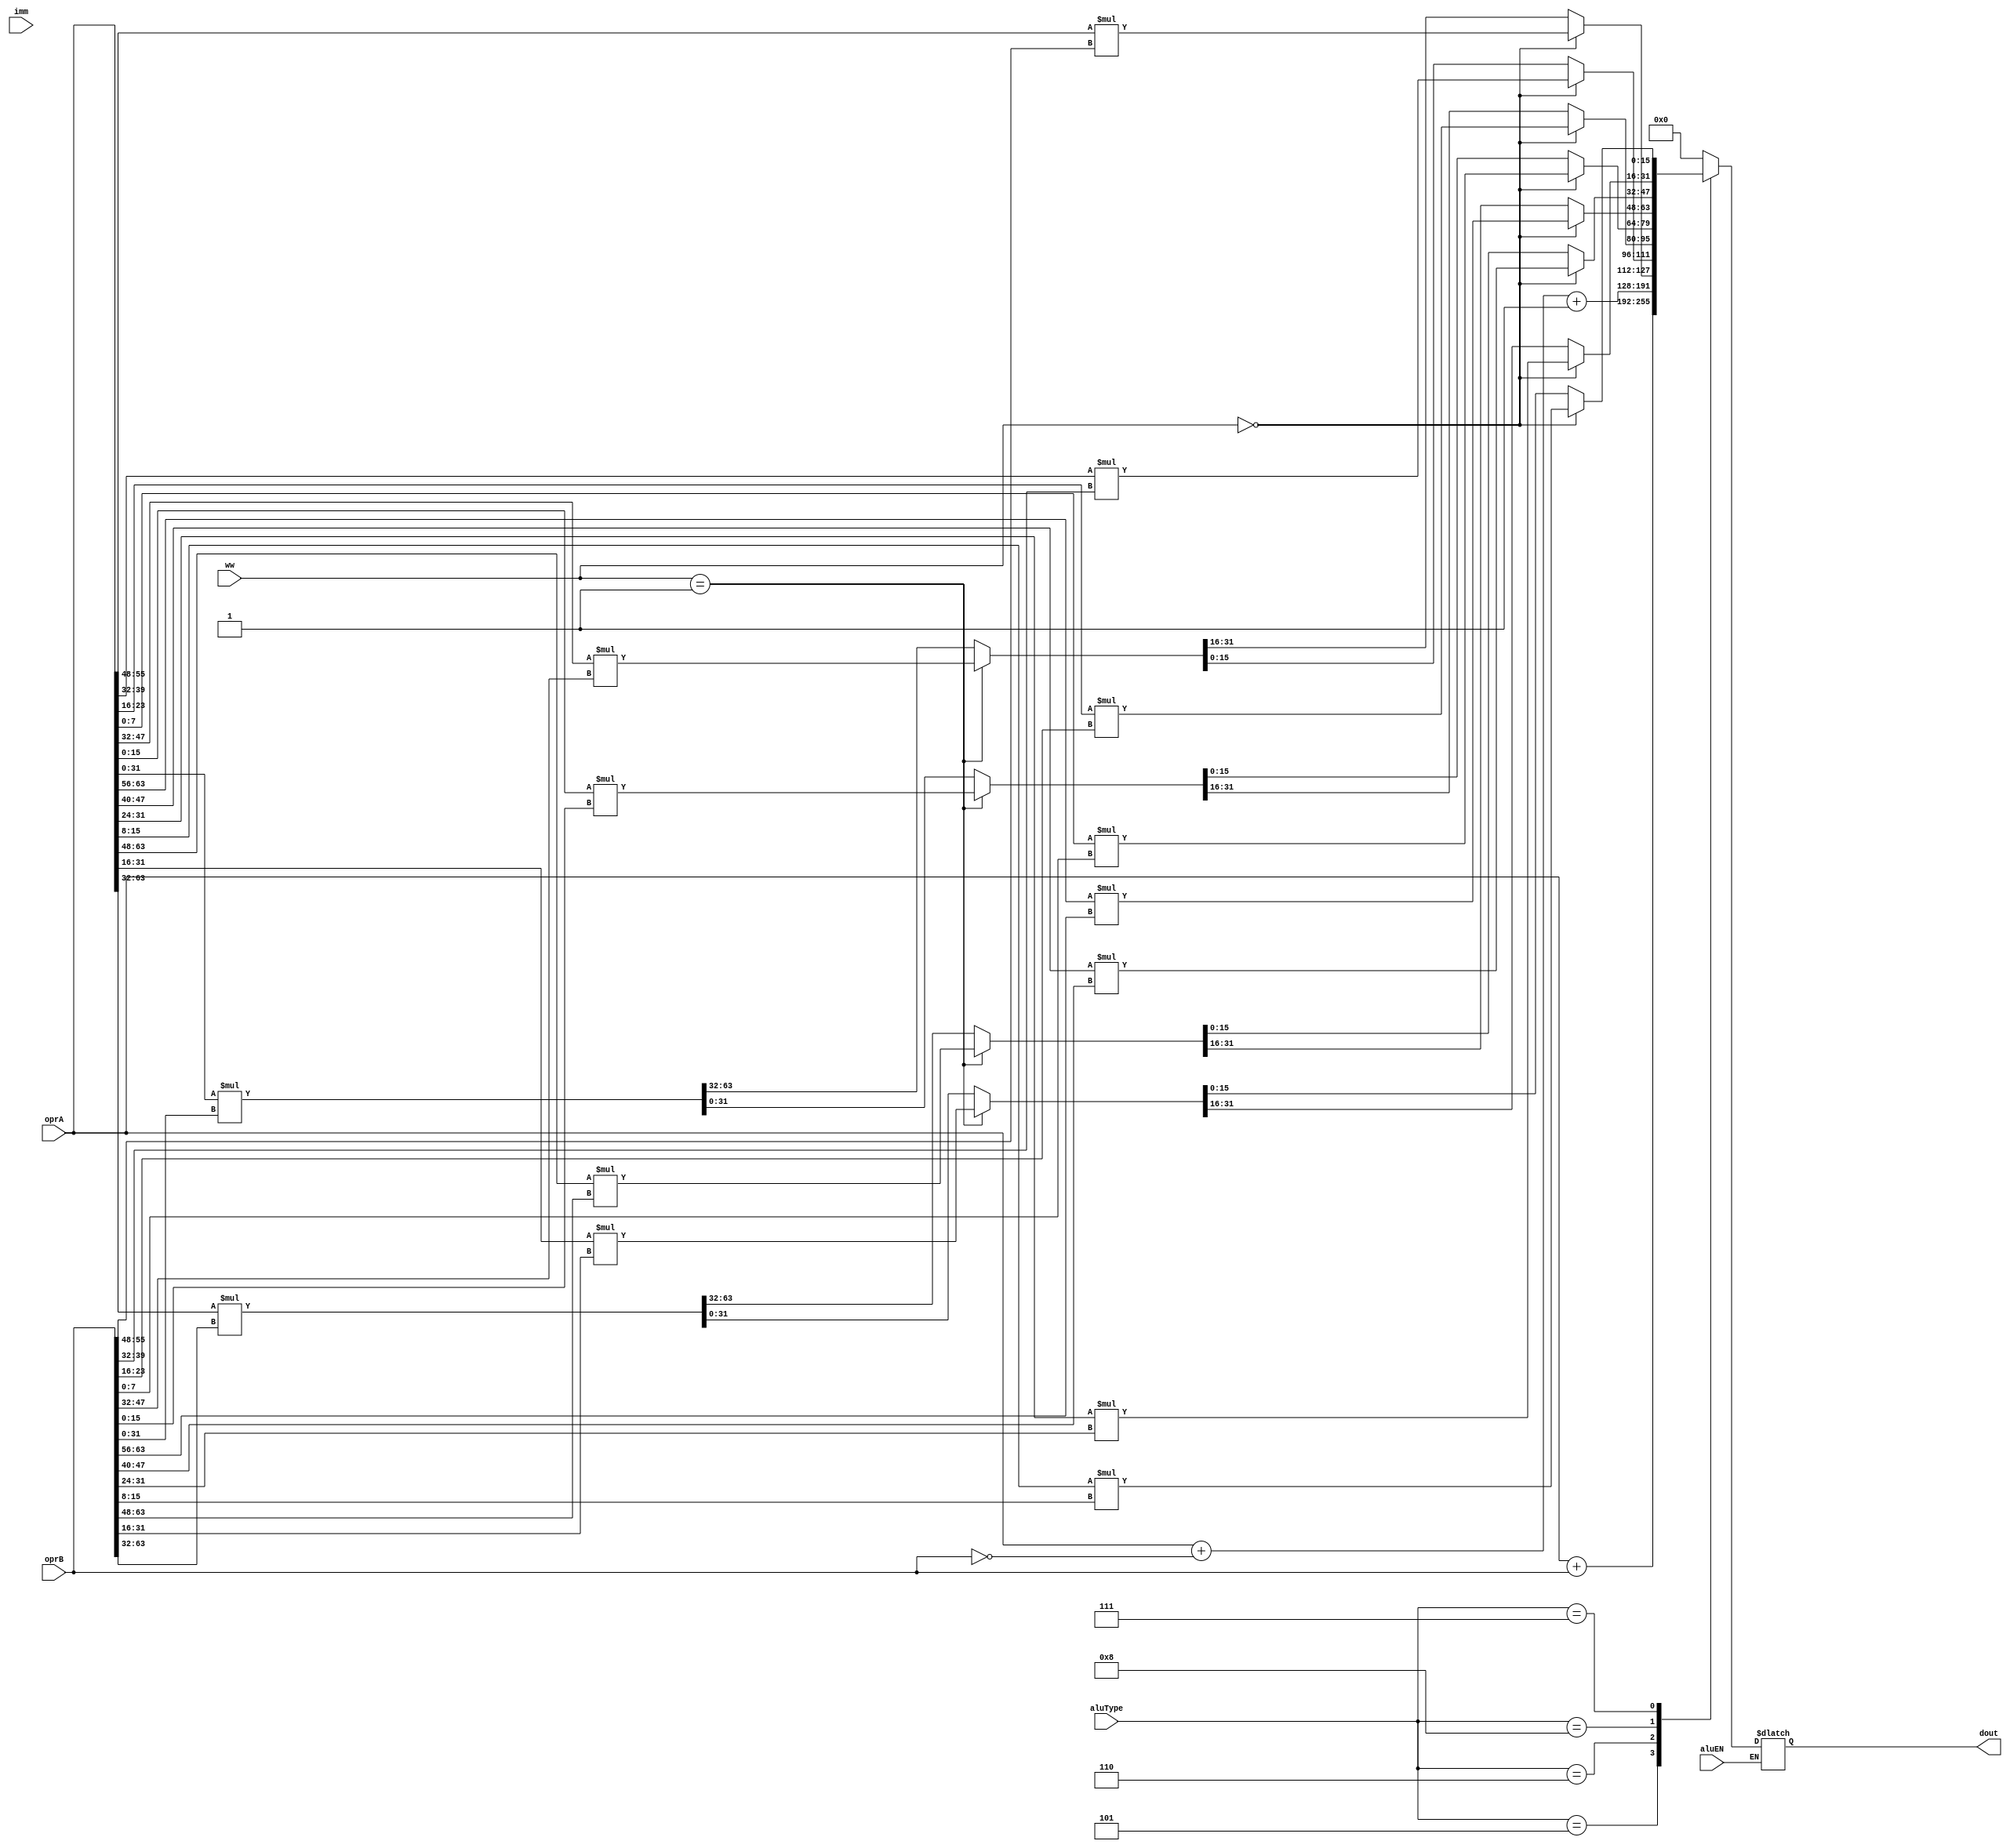
module alu_multicycle(aluEN,aluType,oprA,oprB,ww,imm,dout);
input aluEN;
input[0:5] aluType;
input[0:4] imm;
input[0:63] oprA,oprB;
//input[0:2] ppp;
input[0:1] ww;
output[0:63] dout;
reg[0:63] dout;
integer i;

always @(aluEN or aluType or oprA or oprB or ww or imm) begin
	if(aluEN) begin
		case(aluType)
			6'b000101: begin // add
				dout = oprA + oprB;
			end
			6'b000110: begin // sub
				dout = oprA + ~oprB + 1;
			end
			6'b001000: begin // mul even
				if(ww == 2'b00) begin 
					for (i=0; i<63; i= i+16)
						{dout[i],dout[i+1],dout[i+2],dout[i+3],dout[i+4],dout[i+5],dout[i+6],dout[i+7],dout[i+8],
						dout[i+9],dout[i+10],dout[i+11],dout[i+12],dout[i+13],dout[i+14],dout[i+15]} 
						= {oprA[i+8],oprA[i+9],oprA[i+10],oprA[i+11],oprA[i+12],oprA[i+13],oprA[i+14],oprA[i+15]} * 
						{oprB[i+8],oprB[i+9],oprB[i+10],oprB[i+11],oprB[i+12],oprB[i+13],oprB[i+14],oprB[i+15]};
				end
				else if(ww == 2'b01) begin 
					for (i=0; i<63; i= i+32)
						{dout[i],dout[i+1],dout[i+2],dout[i+3],dout[i+4],dout[i+5],dout[i+6],dout[i+7],dout[i+8],
						dout[i+9],dout[i+10],dout[i+11],dout[i+12],dout[i+13],dout[i+14],dout[i+15],dout[i+16],
						dout[i+17],dout[i+18],dout[i+19],dout[i+20],dout[i+21],dout[i+22],dout[i+23],dout[i+24],
						dout[i+25],dout[i+26],dout[i+27],dout[i+28],dout[i+29],dout[i+30],dout[i+31]}
						= {oprA[i+16],oprA[i+17],oprA[i+18],oprA[i+19],oprA[i+20],oprA[i+21],oprA[i+22],oprA[i+23],oprA[i+24],
						oprA[i+25],oprA[i+26],oprA[i+27],oprA[i+28],oprA[i+29],oprA[i+30],oprA[i+31]}
						*{oprB[i+16],oprB[i+17],oprB[i+18],oprB[i+19],oprB[i+20],oprB[i+21],oprB[i+22],oprB[i+23],oprB[i+24],
						oprB[i+25],oprB[i+26],oprB[i+27],oprB[i+28],oprB[i+29],oprB[i+30],oprB[i+31]};
				end
				else begin 
						dout = oprA[32:63] * oprB[32:63];
				end
			end
			6'b000111: begin // mul odd
				if(ww == 2'b00) begin 
					for (i=0; i<63; i= i+16)
						{dout[i],dout[i+1],dout[i+2],dout[i+3],dout[i+4],dout[i+5],dout[i+6],dout[i+7],dout[i+8],
						dout[i+9],dout[i+10],dout[i+11],dout[i+12],dout[i+13],dout[i+14],dout[i+15]} = 
						{oprA[i],oprA[i+1],oprA[i+2],oprA[i+3],oprA[i+4],oprA[i+5],oprA[i+6],oprA[i+7]} *
						{oprB[i],oprB[i+1],oprB[i+2],oprB[i+3],oprB[i+4],oprB[i+5],oprB[i+6],oprB[i+7]};
				end
				else if(ww == 2'b01) begin 
					for (i=0; i<63; i= i+32)
						{dout[i],dout[i+1],dout[i+2],dout[i+3],dout[i+4],dout[i+5],dout[i+6],dout[i+7],dout[i+8],
						dout[i+9],dout[i+10],dout[i+11],dout[i+12],dout[i+13],dout[i+14],dout[i+15],dout[i+16],
						dout[i+17],dout[i+18],dout[i+19],dout[i+20],dout[i+21],dout[i+22],dout[i+23],dout[i+24],
						dout[i+25],dout[i+26],dout[i+27],dout[i+28],dout[i+29],dout[i+30],dout[i+31]} = 
						{oprA[i],oprA[i+1],oprA[i+2],oprA[i+3],oprA[i+4],oprA[i+5],oprA[i+6],oprA[i+7],oprA[i+8],
							oprA[i+9],oprA[i+10],oprA[i+11],oprA[i+12],oprA[i+13],oprA[i+14],oprA[i+15]}
							* {oprB[i],oprB[i+1],oprB[i+2],oprB[i+3],oprB[i+4],oprB[i+5],oprB[i+6],oprB[i+7],oprB[i+8],
							oprB[i+9],oprB[i+10],oprB[i+11],oprB[i+12],oprB[i+13],oprB[i+14],oprB[i+15]};
				end
				else begin 
						dout = oprA[0:31] * oprB[0:31];
				end
			end
			default: 
				dout = 64'h0000_0000_0000_0000;
		endcase
	end
end
endmodule